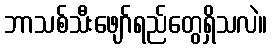
ဘာသစ်သီးဖျော်ရည်တွေရှိသလဲ။